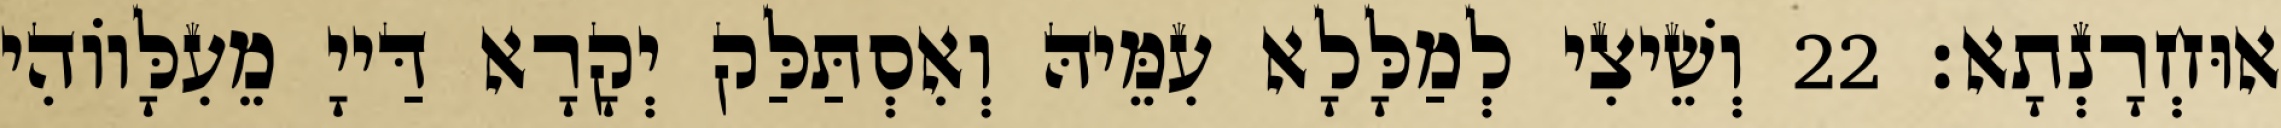
אוּחְרָנְתָא׃ 22 וְשֵׁיצִי לְמַלָּלָא עִמֵּיהּ וְאִסְתַּלַּק יְקָרָא דַּייָ מֵעִלָּווֹהִי